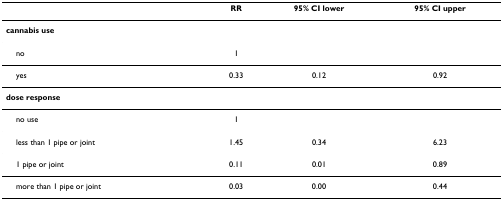
<table><thead><tr><td></td><td><b>RR</b></td><td><b>95% CI lower</b></td><td><b>95% CI upper</b></td></tr></thead><tbody><tr><td><b>cannabis use</b></td><td></td><td></td><td></td></tr><tr><td> no</td><td>1</td><td></td><td></td></tr><tr><td> yes</td><td>0.33</td><td>0.12</td><td>0.92</td></tr><tr><td><b>dose response</b></td><td></td><td></td><td></td></tr><tr><td> no use</td><td>1</td><td></td><td></td></tr><tr><td> less than 1 pipe or joint</td><td>1.45</td><td>0.34</td><td>6.23</td></tr><tr><td> 1 pipe or joint</td><td>0.11</td><td>0.01</td><td>0.89</td></tr><tr><td> more than 1 pipe or joint</td><td>0.03</td><td>0.00</td><td>0.44</td></tr></tbody></table>